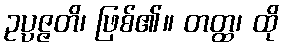
ဥပ္ပဇ္ဇတိ၊ ဖြစ်၏။ တတ္ထ၊ ထို